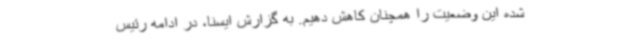
شده این وضعیت را همچنان کاهش دهیم. به گزارش ایسنا، در ادامه رئیس